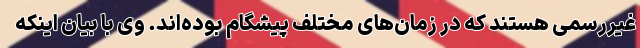
غیررسمی هستند که در زمان‌های مختلف پیشگام بوده‌اند. وی با بیان اینکه